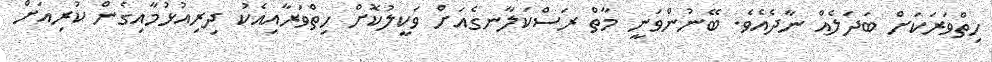
ހިތްވަރަކަށް ބަދަލެއް ނާދެއެވެ. ބޭނުންވަނީ މާތް ރަސްކަލާނގެއަށް ވަކީލުކޮށް ހިތްވަރާއިއެކު ދިރިއުޅުމާއިގެން ކުރިއަށް